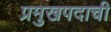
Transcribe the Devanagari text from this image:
प्रमुखपदाची